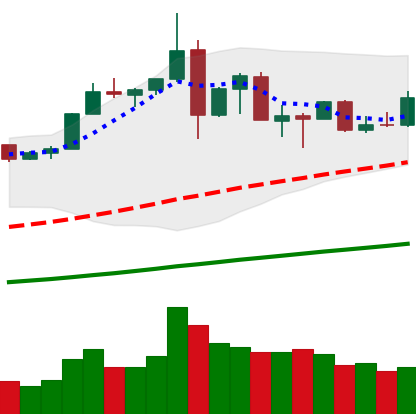
Ticker: ETH-USD
Chart end date: 2019-07-07
Forward return: -9.625%
Label: down_7plus